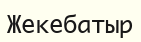
Жекебатыр